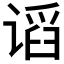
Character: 𰵽